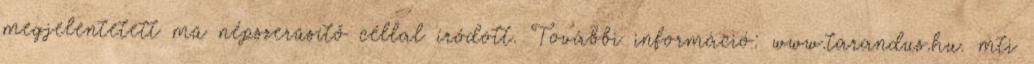
megjelentetett mű népszerűsítő céllal íródott. További információ: www.tarandus.hu. mti